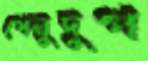
ধেনুদুগ